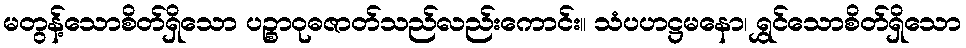
မတွန့်သောစိတ်ရှိသော ပဉ္စာဝုဓဇာတ်သည်လည်းကောင်း။ သံပဟဋ္ဌမနော၊ ရွှင်သောစိတ်ရှိသော